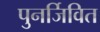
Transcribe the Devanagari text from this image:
पुनर्जिवित